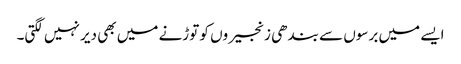
ایسے میں برسوں سے بندھی زنجیروں کو توڑنے میں بھی دیر نہیں لگتی۔